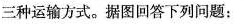
三种运输方式。据图回答下列问题：